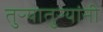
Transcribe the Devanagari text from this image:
तुऱ्यातुऱ्यांनी